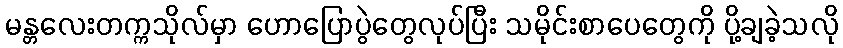
မန္တလေးတက္ကသိုလ်မှာ ဟောပြောပွဲတွေလုပ်ပြီး သမိုင်းစာပေတွေကို ပို့ချခဲ့သလို